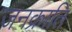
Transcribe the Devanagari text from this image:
जनक्राति